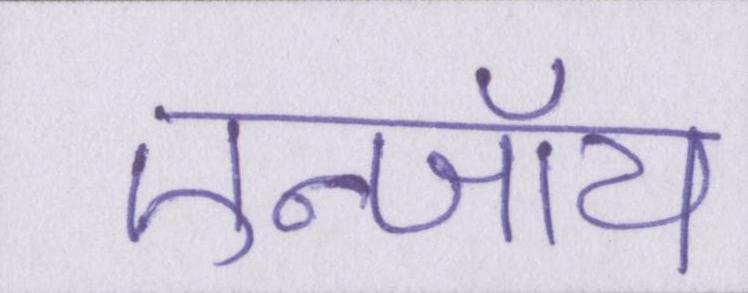
एन्जॉय